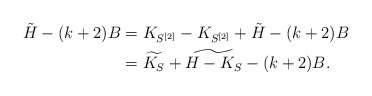
\begin{align*}\tilde H -(k+2)B&= K_{S^{[2]}}-K_{S^{[2]}}+ \tilde H -(k+2)B\\&=\widetilde{K_S}+ \widetilde{H-K_S}-(k+2)B.\end{align*}